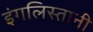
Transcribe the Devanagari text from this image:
इंगलिस्तानी